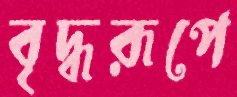
বৃদ্ধরূপে